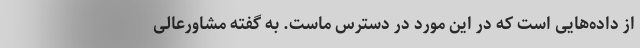
از داده‌هایی است که در این مورد در دسترس ماست. به گفته مشاورعالی